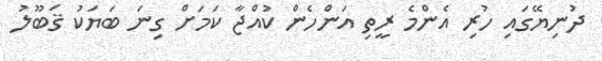
ދުނިޔޭގައި ހުރި އެންމެ ރީތި އަންހެން ކުއްޖާ ކަމަށް ގިނަ ބަޔަކު ޤަބޫލު